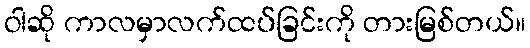
ဝါဆို ကာလမှာလက်ထပ်ခြင်းကို တားမြစ်တယ်။